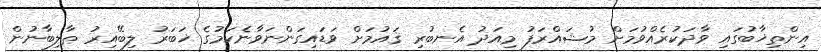
އިންތިޚާބުގައި ވާދަކުރެއްވުމަށް މުޝައްރަފު މިއަދު އެނބުރި ޤައުމަށް ވަޑައިގަންނަވާނެކަމުގެ ޚަބަރު ލިބޭއިރު ޠާލިބާނުން